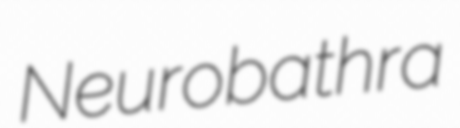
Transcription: Neurobathra